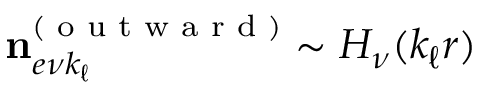
\mathbf { n } _ { e \nu k _ { \ell } } ^ { ( \textrm { o u t w a r d } ) } \sim H _ { \nu } ( k _ { \ell } r )